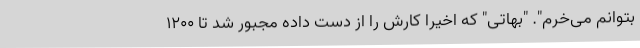
بتوانم می‌خرم". "بهاتی" که اخیرا کارش را از دست داده مجبور شد تا 1200